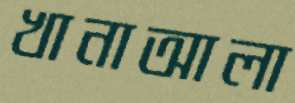
খানাআলা